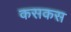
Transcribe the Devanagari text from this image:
कसकस